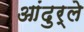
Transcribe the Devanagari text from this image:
आंदुर्ले